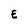
Character: E